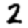
Digit: 2